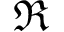
\Re